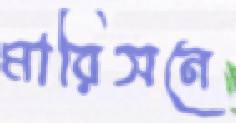
মারিসনে